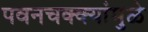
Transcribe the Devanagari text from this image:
पवनचक्क्यांमुळे